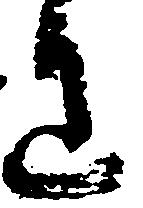
わ